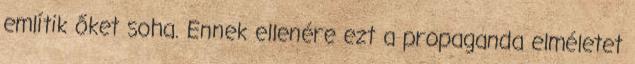
említik őket soha. Ennek ellenére ezt a propaganda elméletet